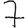
Digit: 7